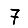
Digit: 7